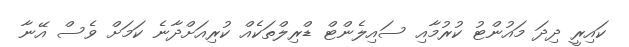
ކައިރީ ދިދަ މައުންޓު ކުރުމާއި ސައިލެންޓް ޑްރިލްތަކެއް ކުރިއަށްދާނެ ކަމަށް ވެސް އޭނާ